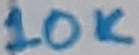
Text: 10K